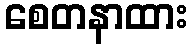
စေတနာထား